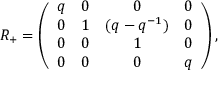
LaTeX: R _ { + } = \left( \begin{array} { c c c c } { { q } } & { { 0 } } & { { 0 } } & { { 0 } } \\ { { 0 } } & { { 1 } } & { { ( q - q ^ { - 1 } ) } } & { { 0 } } \\ { { 0 } } & { { 0 } } & { { 1 } } & { { 0 } } \\ { { 0 } } & { { 0 } } & { { 0 } } & { { q } } \end{array} \right) ,